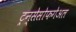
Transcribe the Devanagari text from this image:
ट्रन्सेसोफगेअल